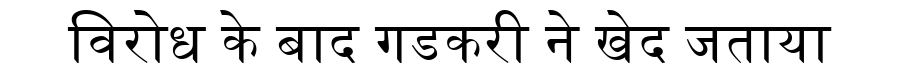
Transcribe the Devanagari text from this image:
विरोध के बाद गडकरी ने खेद जताया